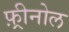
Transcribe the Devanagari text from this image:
फ़्रीनोल